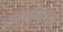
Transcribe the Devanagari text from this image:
अलंबन